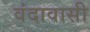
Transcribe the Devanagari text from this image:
वंदावासी